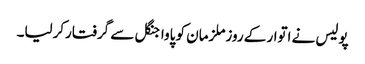
پولیس نے اتوار کے روزملزمان کو پاواجنگل سے گرفتارکرلیا۔